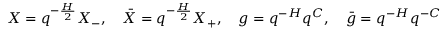
X = q ^ { - { \frac { H } { 2 } } } X _ { - } , \quad \bar { X } = q ^ { - { \frac { H } { 2 } } } X _ { + } , \quad g = q ^ { - H } q ^ { C } , \quad \bar { g } = q ^ { - H } q ^ { { - C } }